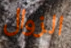
الزوال